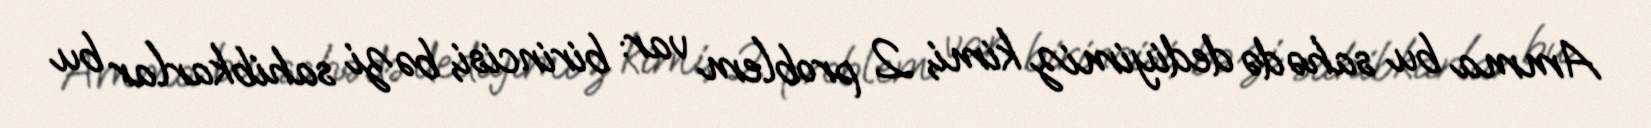
Amma bu sahədə dediyimiz kimi, 2 problem var: birincisi, bəzi sahibkarlar bu